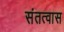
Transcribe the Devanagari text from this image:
संतत्वास